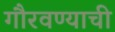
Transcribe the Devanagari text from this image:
गौरवण्याची